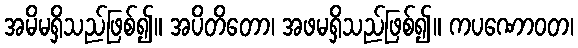
အမိမရှိသည်ဖြစ်၍။ အပိတိတော၊ အဖမရှိသည်ဖြစ်၍။ ကပဏောဝတ၊